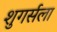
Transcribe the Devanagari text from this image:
शुगर्सला